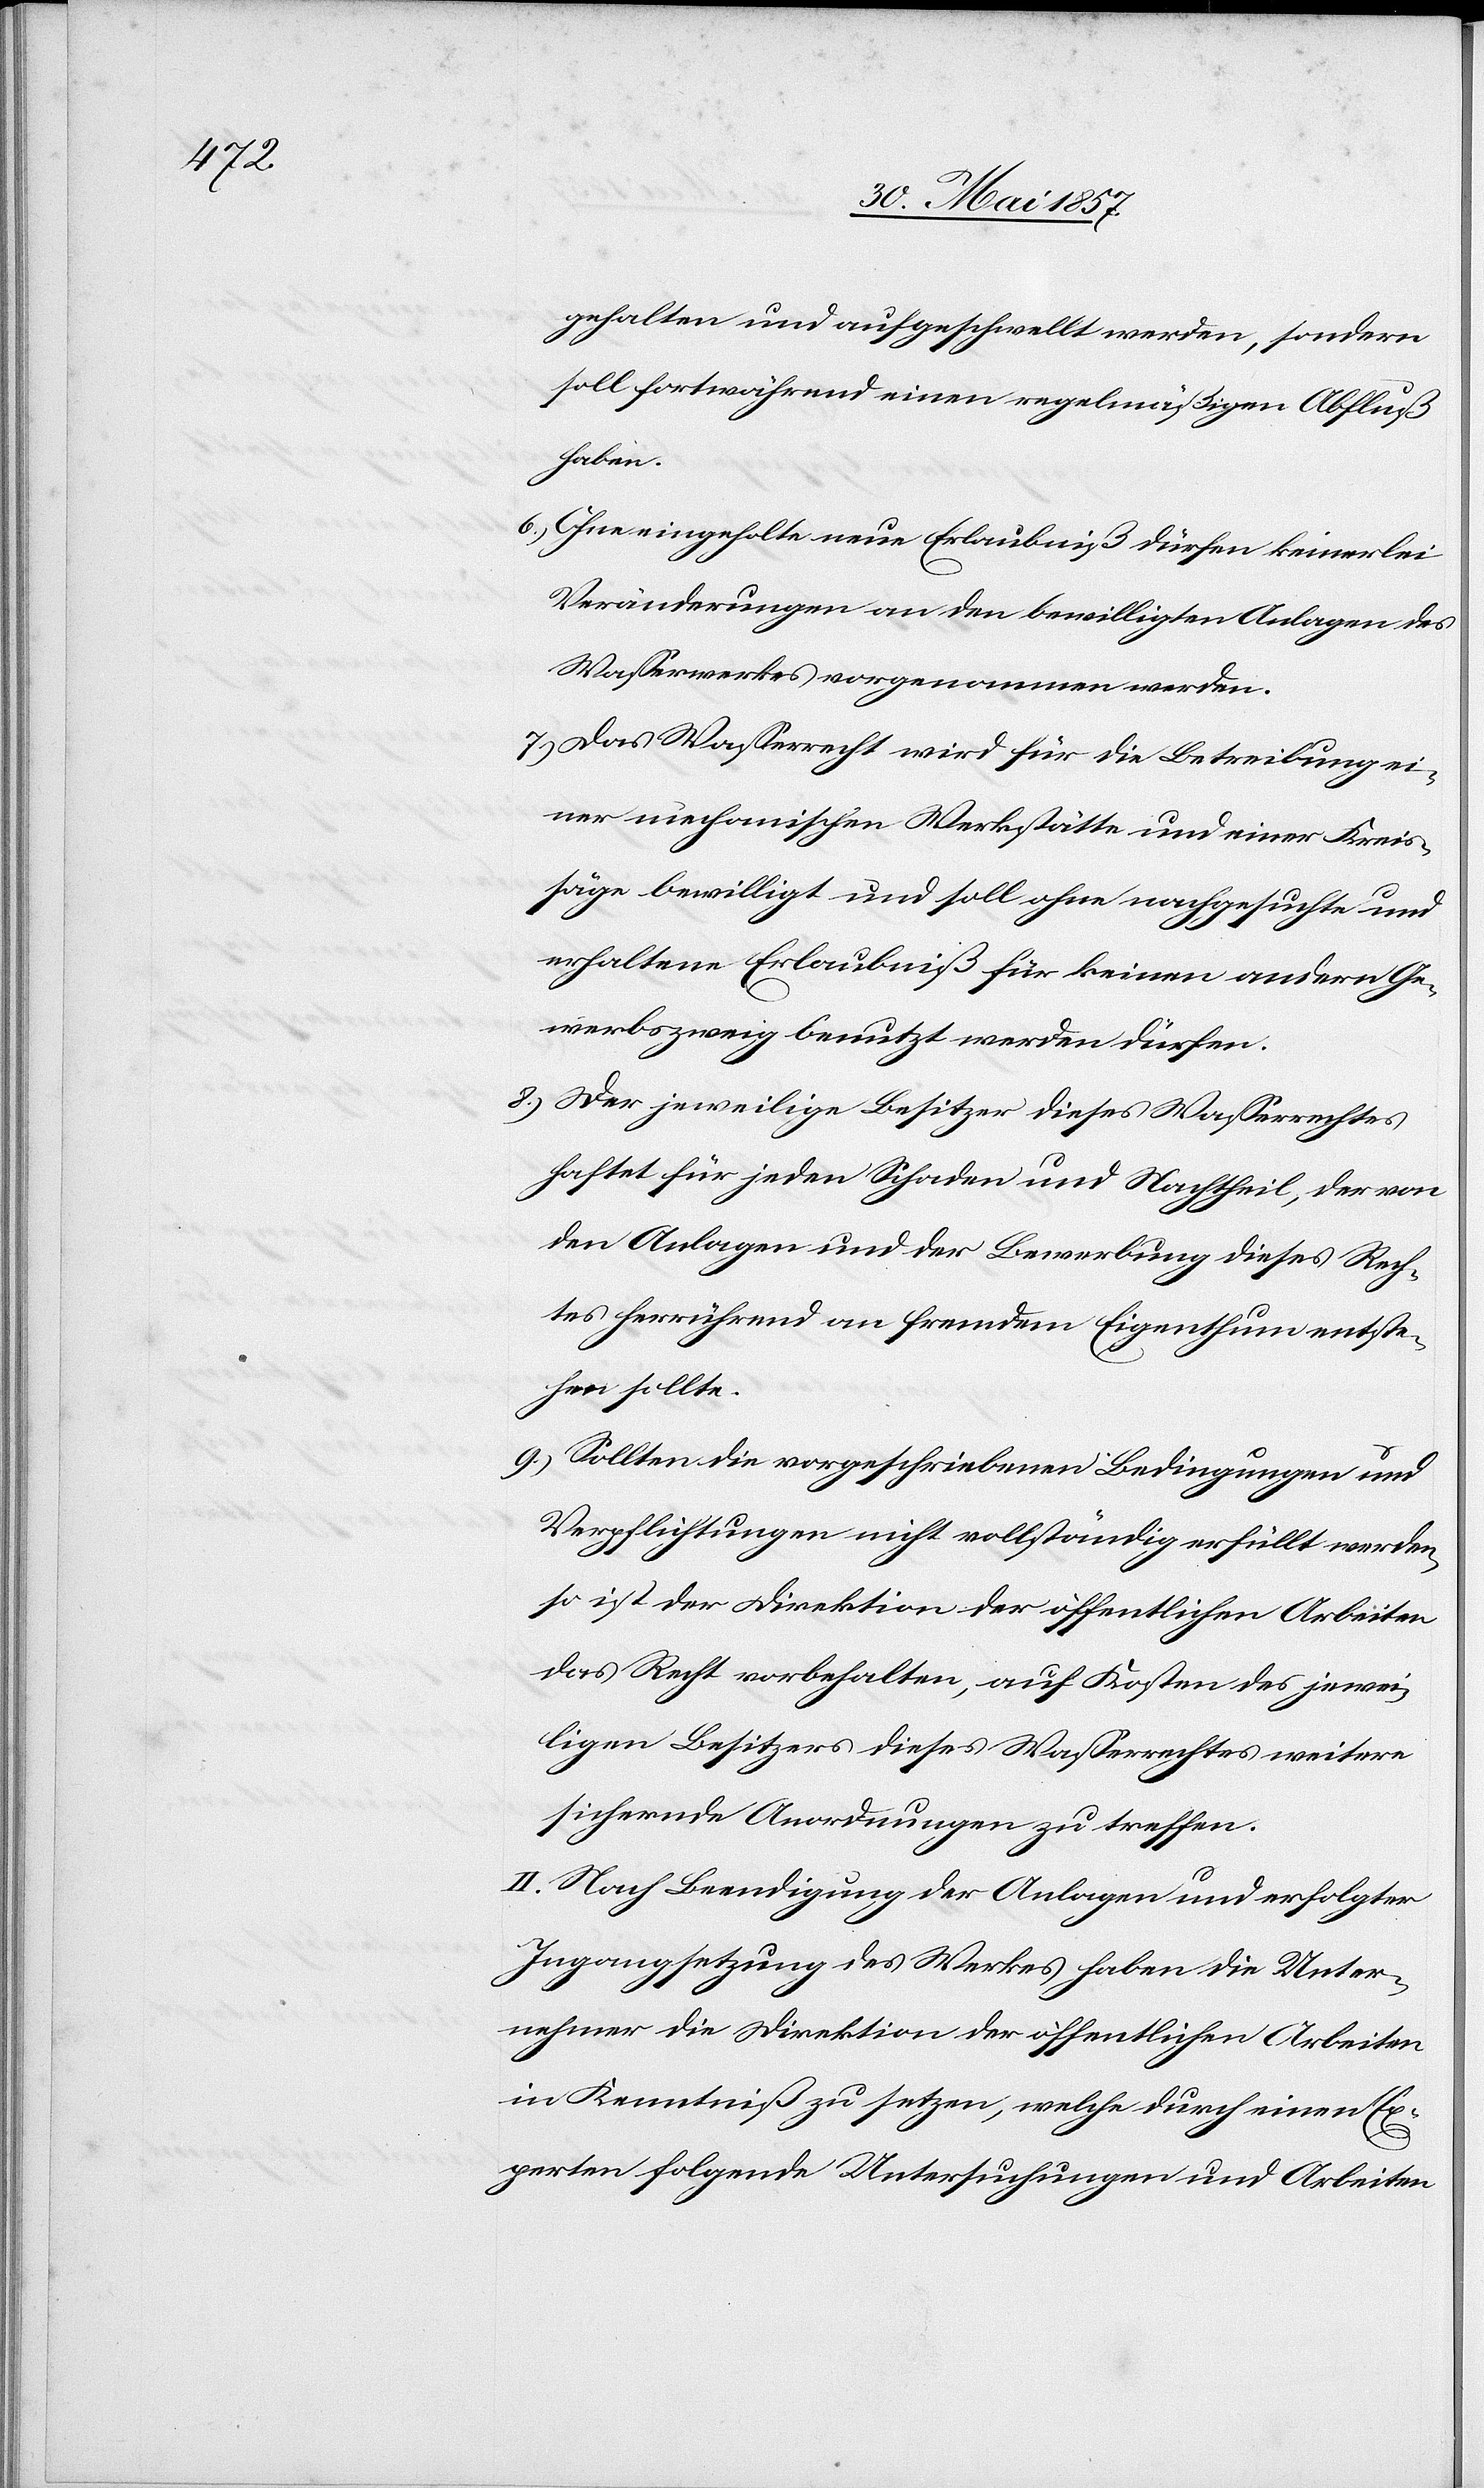
gehalten und aufgeschwellt werden, sondern
soll fortwährend einen regelmäßigen Abfluß
haben.
6.) Ohne eingeholte neue Erlaubniß dürfen keinerlei
Veränderungen an den bewilligten Anlagen des
Wasserwerkes vorgenommen werden.
7.) Das Wasserrecht wird für die Betreibung ei¬
ner mechanischen Werkstätte und einer Kreis¬
säge bewilligt und soll ohne nachgesuchte und
erhaltene Erlaubniß für keinen andern Ge¬
werbszweig benutzt werden dürfen.
8.) Der jeweilige Besitzer dieses Wasserrechtes
haftet für jeden Schaden und Nachtheil, der von
den Anlagen und der Bewerbung dieses Rech¬
tes herrührend an fremdem Eigenthum entste¬
hen sollte.
9.) Sollten die vorgeschriebenen Bedingungen und
Verpflichtungen nicht vollständig erfüllt werden,
so ist der Direktion der öffentlichen Arbeiten
das Recht vorbehalten, auf Kosten des jewei¬
ligen Besitzers dieses Wasserrechtes weitere
sichernde Anordnungen zu treffen.
II. Nach Beendigung der Anlagen und erfolgter
Ingangsetzung des Werkes haben die Unter¬
nehmer die Direktion der öffentlichen Arbeiten
in Kenntniß zu setzen, welche durch einen Ex¬
perten folgende Untersuchungen und Arbeiten